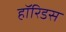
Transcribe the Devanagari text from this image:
हॉरिडस